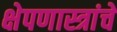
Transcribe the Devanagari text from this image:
क्षेपणास्त्रांचे